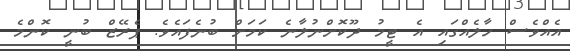
އެއްވެސް ހާލެއްގައި އެ ޓީމު ދޫކޮށްނުލާނެ ކަމަށް ބުނެފައެވެ. ޕެރޭޒް ބުނީ ކޮންމެ